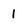
Character: 1